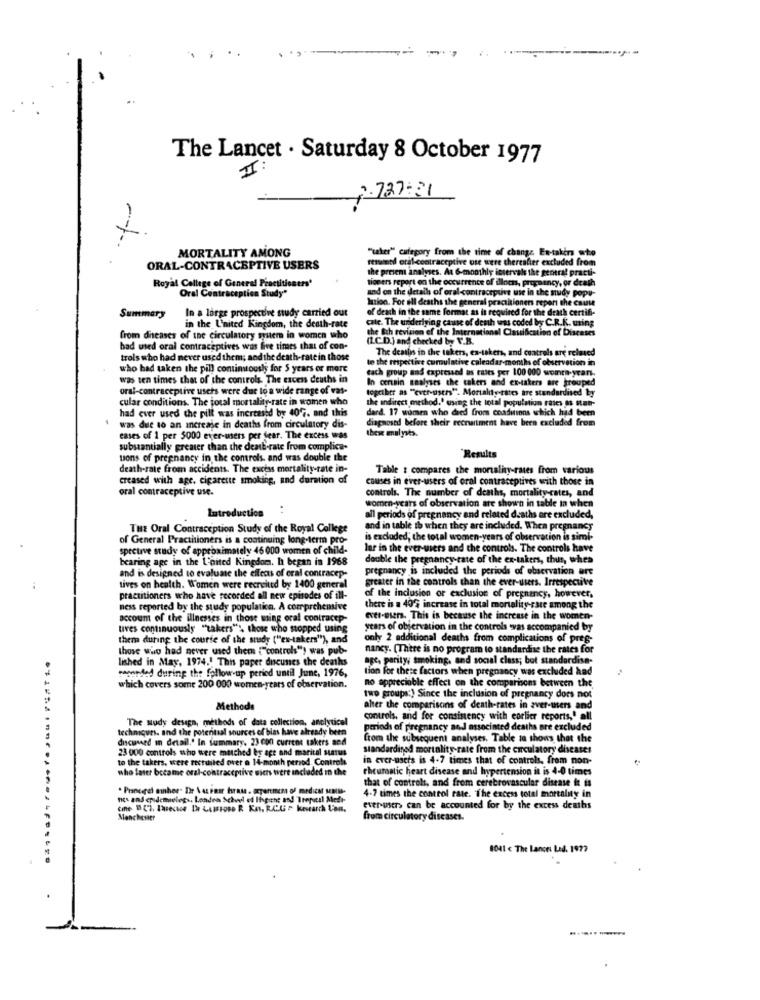
The Lancet . Saturday 8 October 1977
II:
2.727:31
MORTALITY AMONG
"uher" category from the time of change En-takers who
resumed oral contraceptive use were thereafter excluded from
ORAL-CONTRACEPTIVE USERS
the present analyses. At &-monthly intervals the general practi-
tioners report on the occurrence of illness, pregnancy, or death
Royal College of General Practitioners'
and on the details of oral contraceptive use in the mudy popu-
Oral Contraception Study"
Marion. For all deaths the general practhioners report the cause
Summary
In a large prospective study carried out
of death in the same format as is required for the death certifi-
cate. The underlying cause of denh was coded by C.R.K. using
in the United Kingdom, the death-rate
the Buh revision of the International Classification of Diseases
from diseases of the circulatory system in women who
(1.C.D.) and checked by V.B.
had used oral contraceptives was five times that of con-
The deaths in the takers, es-takers, and cuatrols are related
trois who had never used them; and the death-rate in those
te the respective cumulative calendar-months of observation in
who had taken the pill continuoush for 5 years or more
each group and expressed as taxes per 100 000 womre-yran.
was ten times that of the controls. The excess deuths in
In certain analyses the cakers and ex-takers are grouped
oral-contraceptive users were due to a wide range of vas-
togciber as "ever-users". Mortaldystates are standardised by
cular conditions. The total mortality-rate in women who
the indirect method.' using the total population rates as stan-
had ever used che pill was increased by 407. and this
dard. 17 women who died from conditions which had been
diagnosed before sheir recruitment have been excluded from
was due to an increase in deaths from circulatory dis-
these malyses.
cases of 1 per 5000 ever-users per dear. The excess was
substantially greater than the death-rate from complica-
tons of pregnancy in the controls, and was double the
Results
death-rate from accidents. The excess mortality-rate in-
Table : compares the mortality-rates from various
creased with age, cigarette smoking, and duration of
causes in ever-users of oral contraceptives with those in
oral contraceptive use.
controls. The number of deaths, mortality rates, and
women-years of observation are shown in table ia when
Introduction
nods of pregnancy and related deaths are excluded,
THE Oral Contraception Study of the Royal College
and in table th when they are included. When pregnancy
of General Practitioners is a continuing long-term pro-
is excluded, the total women-years of observation is simi-
sprcurve study of approximately 46 000 women of child-
lar in the ever-wiers and the controls. The controls have
bearing age in the L'oited Kingdom. h began in 1968
double the pregnancy rate of the ex-takers, thus, when
pregnancy is included the periods of observation are
and is designed to evaluate the effects of oral contracep-
greater in the controls than the ever-users. Irrespective
tives on health. Women were recruited by 1400 general
practitioners who have recorded all new episodes of ill-
of the inclusion or exclusion of pregnancy, however,
ness reported by the study population. A comprehensive
there is a 40% increase in total mortality este among the
account of the illnesses in those wing oral contracep-
evet-users. This is because the increase in the women-
lives continuously "takers"', those who stopped using
years of observation in the controls vas accompanied by
them during the course of the suady ("es-takers"), and
only 2 additional deaths from complications of pres-
those who had never used them {"controls") was pub-
nancy. [There is no program to standardise the rates for
lished in May, 1974.' This paper discusses the deaths
Of parity, smoking. and social class; bot standardise-
recorded during the follow-up period until June, 1976,
tion for these factors when pregnancy was excluded had
which covers some 200 000 women-years of observation.
no appreciable effect on the comparisons between the
two groups:) Since the inclusion of pregnancy does not
Methods
alter the comparisons of death-rates in aver-users and
controls, and for consinency with corlier reports,' all
techniques. and the potential sources of bias have already bets
The sudy design, methods of data collection, anclyticel
periods of pregnancy and associnted deaths are excluded
discussed in detail.º In summary. 23 000 current takers and
from the subsequent analyses. Table sa shows that the
23 000 controls who were matched by age and marital status
standardised mortality rate from the circulatory diseases
to the takers, were restuiled over a 14-month period. Controls
in ever-sers is 4-7 times that of controls, from non-
who later became oral-contraceptive wiers were included In the
rheumatic heart disease and hypertension in is 4-0 times
that of controls, and from cerebrovascular disease it is
* Prancerel aiher- Dr Vaz Pas hrase . axpertmem of medicat seais-
nos and epidemieleg .. Londen Achovi ed Ihpithe and Tropical Medi-
4-7 times the control rate. The excess total mortality in
ever-users can be accounted for by the excess deaths
Manchester
from circulatory diseases.
1041 € The Lance Led. 1977